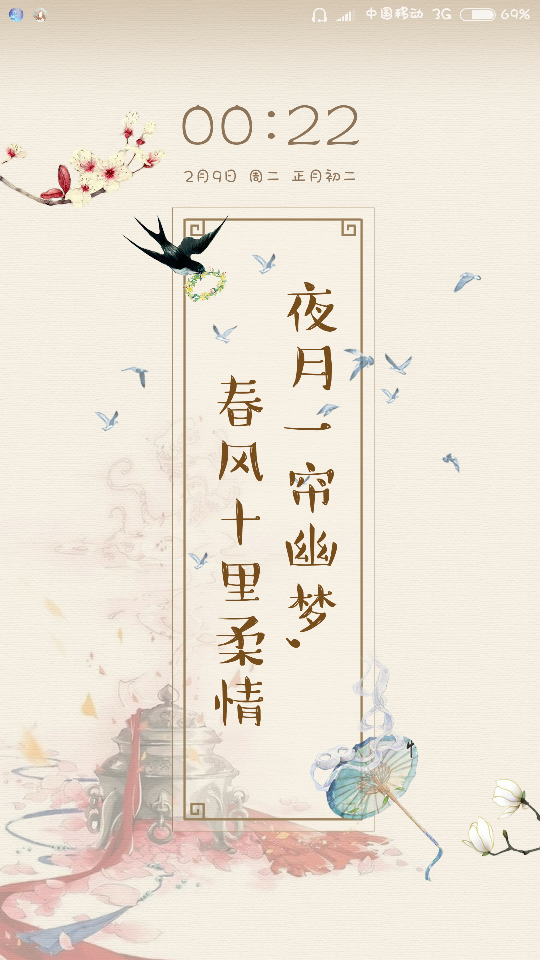
夜月一帘幽梦，春风十里柔情。